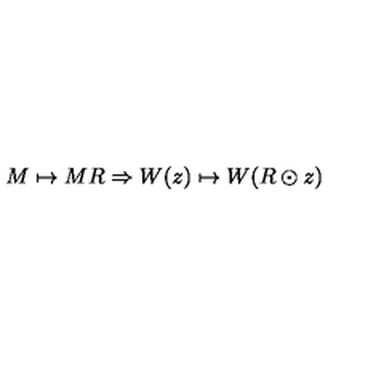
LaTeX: M \mapsto M R \Rightarrow W ( z ) \mapsto W ( R \odot z )